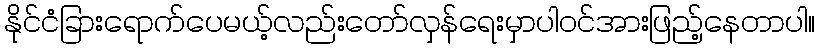
နိုင်ငံခြားရောက်ပေမယ့်လည်းတော်လှန်ရေးမှာပါဝင်အားဖြည့်နေတာပါ။